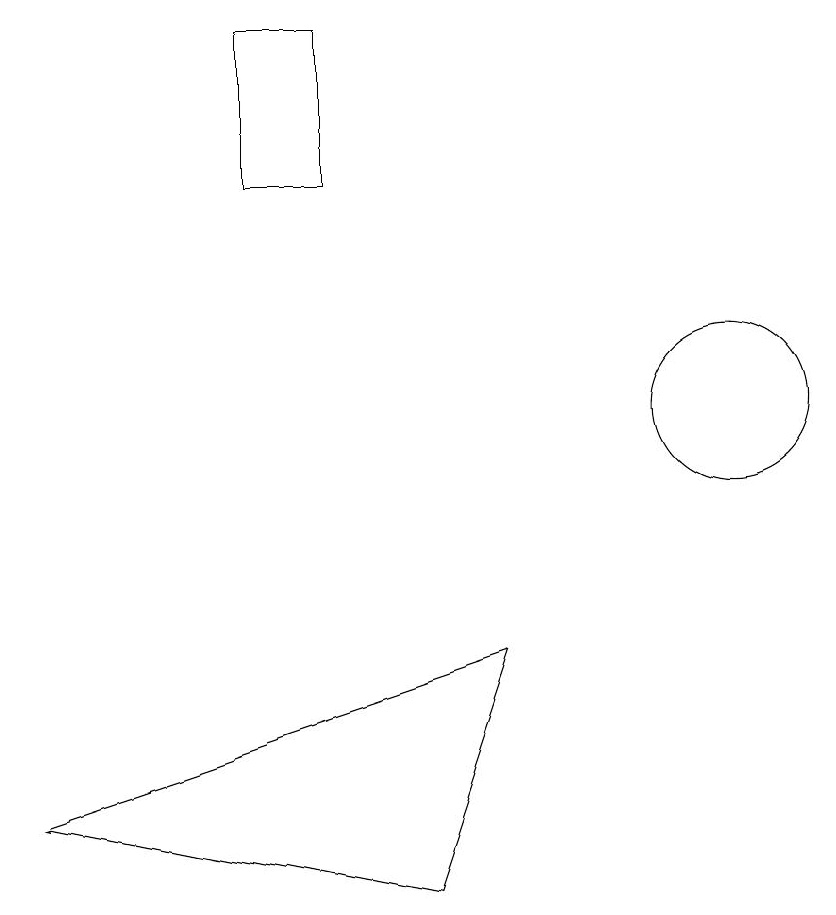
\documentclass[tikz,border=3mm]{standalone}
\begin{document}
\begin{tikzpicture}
\draw (4,15) rectangle (5,13);
\draw (1,5) -- (6,4) -- (7,7) -- cycle;
\draw (10,10) circle (1);
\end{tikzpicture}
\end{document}